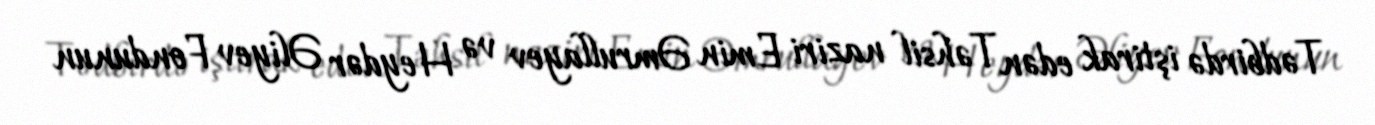
Tədbirdə iştirak edən Təhsil naziri Emin Əmrullayev və Heydər Əliyev Fondunun